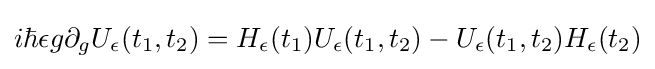
i\hbar \epsilon g\partial _{g}U_{\epsilon }(t_{1},t_{2})=H_{\epsilon }(t_{1})U_{\epsilon }(t_{1},t_{2})-U_{\epsilon }(t_{1},t_{2})H_{\epsilon }(t_{2})